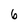
Character: 6